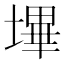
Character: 𭏬